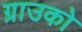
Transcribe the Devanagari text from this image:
ग्राउको